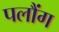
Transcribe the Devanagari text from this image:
पलौंग